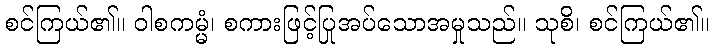
စင်ကြယ်၏။ ဝါစကမ္မံ၊ စကားဖြင့်ပြုအပ်သောအမှုသည်။ သုစိ၊ စင်ကြယ်၏။